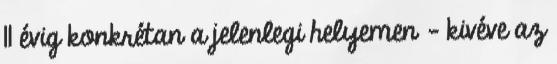
11 évig konkrétan a jelenlegi helyemen – kivéve az